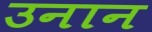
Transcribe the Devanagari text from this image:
उनान